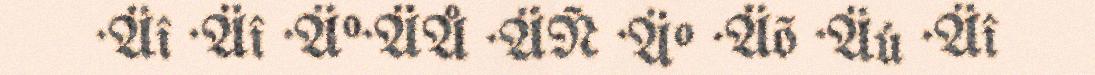
·Äî ·Äî ·Ä°·ÄÅ ·ÄÑ ·Ä° ·Äõ ·Äú ·Äî